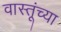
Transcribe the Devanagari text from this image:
वास्तूंच्या